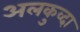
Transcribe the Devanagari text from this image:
अलकुव्दा